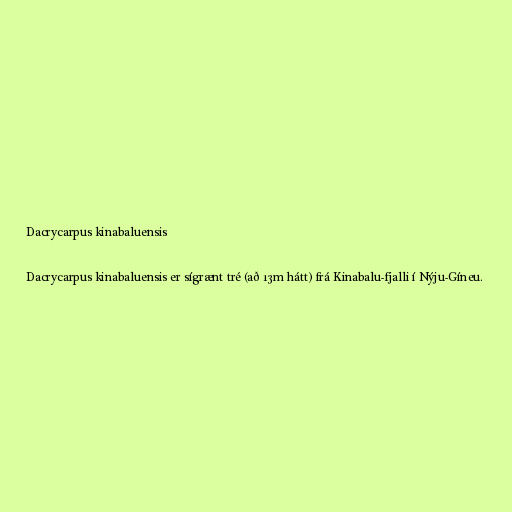
Dacrycarpus kinabaluensis

Dacrycarpus kinabaluensis er sígrænt tré (að 13m hátt) frá Kinabalu-fjalli í Nýju-Gíneu.